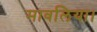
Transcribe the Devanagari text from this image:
मावलिया।